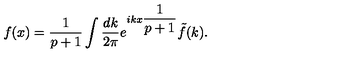
f ( x ) = \displaystyle \frac { 1 } { p + 1 } \displaystyle \int \displaystyle \frac { d k } { 2 \pi } e ^ { i k x \displaystyle \frac { 1 } { p + 1 } } \tilde { f } ( k ) .